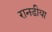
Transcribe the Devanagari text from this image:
रानडीया